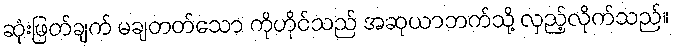
ဆုံးဖြတ်ချက် မချတတ်သော ကိုဟိုင်သည် အဆုယာဘက်သို့ လှည့်လိုက်သည်။